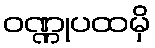
ဝဏ္ဏုပထမှိ